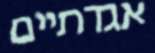
אגדתיים